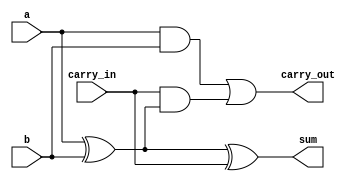
module full_adder (
    input wire a,          // First input bit
    input wire b,          // Second input bit
    input wire carry_in,   // Carry input
    output wire sum,       // Sum output
    output wire carry_out   // Carry output
);
    assign sum = a ^ b ^ carry_in;                       // Sum calculation
    assign carry_out = (a & b) | (carry_in & (a ^ b));  // Carry calculation
endmodule